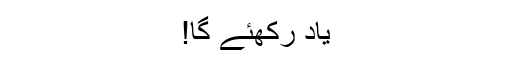
یاد رکھئے گا!